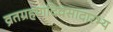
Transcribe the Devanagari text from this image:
व्रतग्रहणदिवसादारभ्य